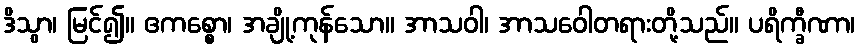
ဒိသွာ၊ မြင်၍။ ဧကစ္စော၊ အချို့ကုန်သော။ အာသဝါ၊ အာသဝေါတရားတို့သည်။ ပရိက္ခီဏာ၊